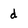
Character: d